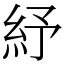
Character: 紓